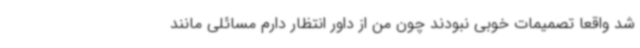
شد واقعا تصمیمات خوبی نبودند چون من از داور انتظار دارم مسائلی مانند